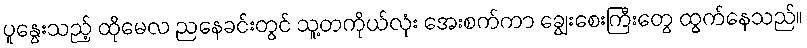
ပူနွေးသည့် ထိုမေလ ညနေခင်းတွင် သူ့တကိုယ်လုံး အေးစက်ကာ ချွေးစေးကြီးတွေ ထွက်နေသည်။